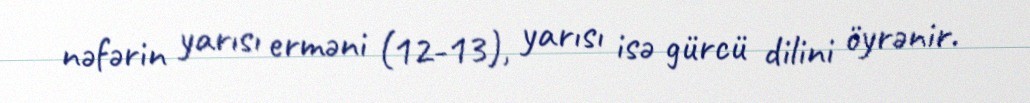
nəfərin yarısı erməni (12-13), yarısı isə gürcü dilini öyrənir.